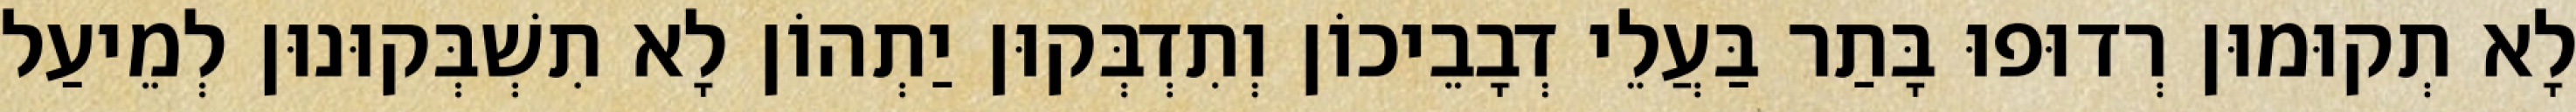
לָא תְקוּמוּן רְדוּפוּ בָּתַר בַּעֲלֵי דְבָבֵיכוֹן וְתִדְבְּקוּן יַתְהוֹן לָא תִשְׁבְּקוּנוּן לְמֵיעַל